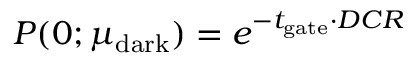
P ( 0 ; \mu _ { \mathrm { d a r k } } ) = e ^ { - t _ { \mathrm { g a t e } } \cdot D C R }